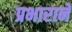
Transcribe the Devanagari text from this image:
प्रभाराने